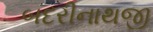
બદરીનાથજી